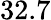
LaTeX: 32.7